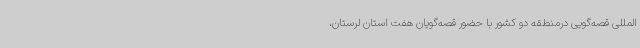
المللی قصه‌گویی درمنطقه‌ دو کشور با حضور قصه‌گویان هفت استان لرستان،